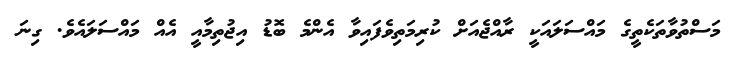
މަސްތުވާތަކެތީގެ މައްސަލައަކީ ރާއްޖެއަށް ކުރިމަތިވެފައިވާ އެންމެ ބޮޑު އިޖުތިމާއީ އެއް މައްސަލައެވެ. ގިނަ